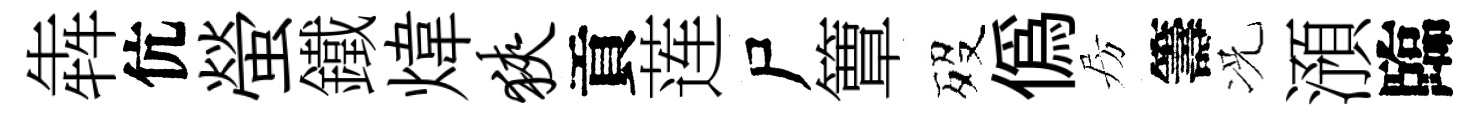
犇伉螢鐵煒狭貢莲尸簟歿偽房籌况澦臨